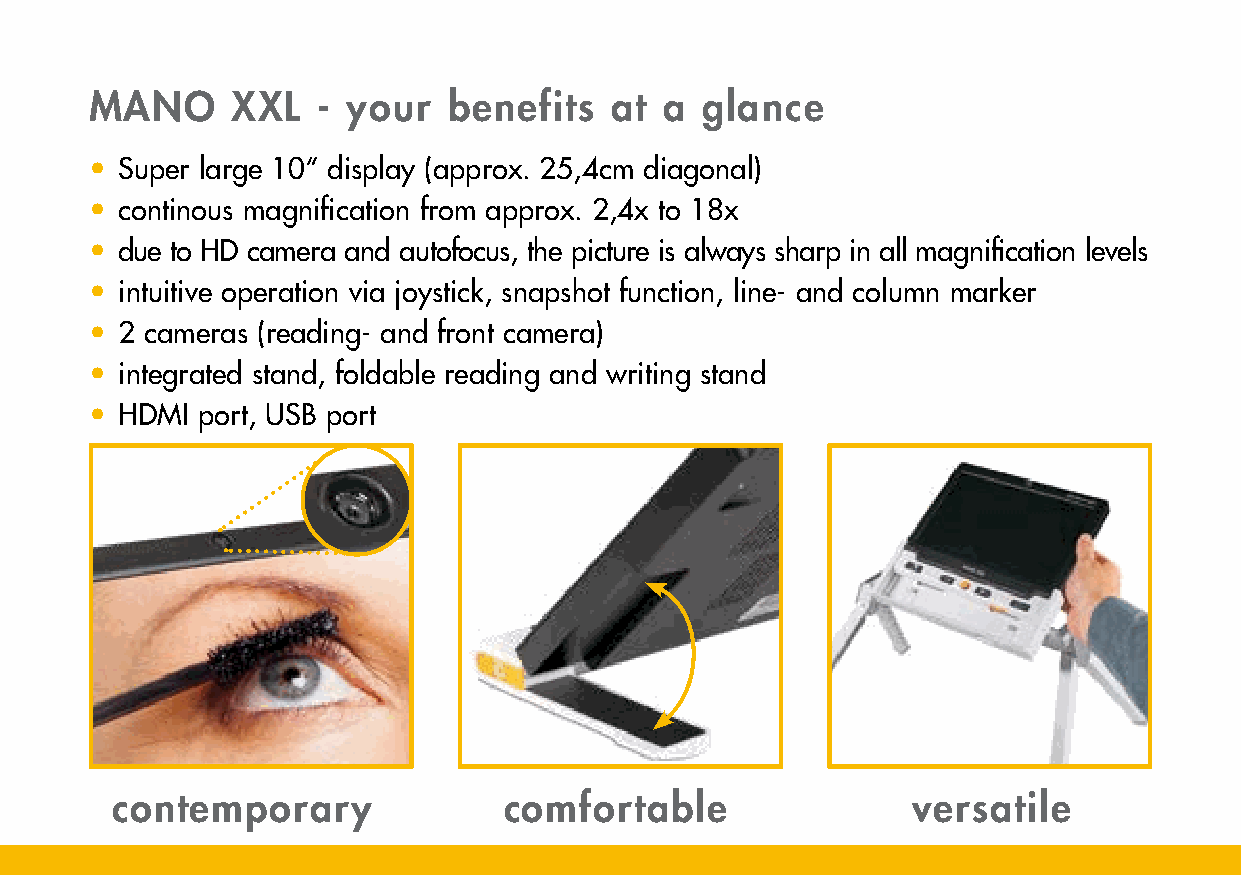
MANO     XXL   - your   benefits  at  a glance
 • Super large 10“ display (approx. 25,4cm diagonal)
 • continous magnification from approx. 2,4x to 18x
 • due to HD camera and autofocus, the picture is always sharp in all magnification levels
 • intuitive operation via joystick, snapshot function, line- and column marker
 • 2 cameras (reading- and front camera)
 • integrated stand, foldable reading and writing stand
 • HDMI port, USB port
 contemporary              comfortable                versatile